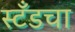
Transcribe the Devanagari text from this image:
स्टँडचा